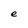
Character: e